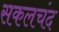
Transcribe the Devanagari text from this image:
सकलचंद